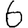
Digit: 6